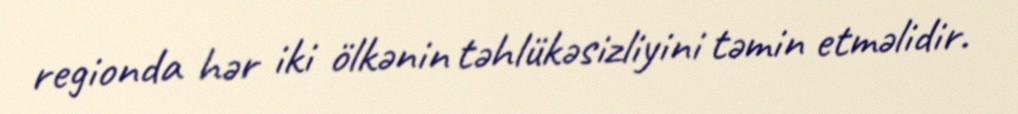
regionda hər iki ölkənin təhlükəsizliyini təmin etməlidir.